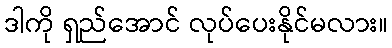
ဒါကို ရှည်အောင် လုပ်ပေးနိုင်မလား။